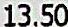
13.50